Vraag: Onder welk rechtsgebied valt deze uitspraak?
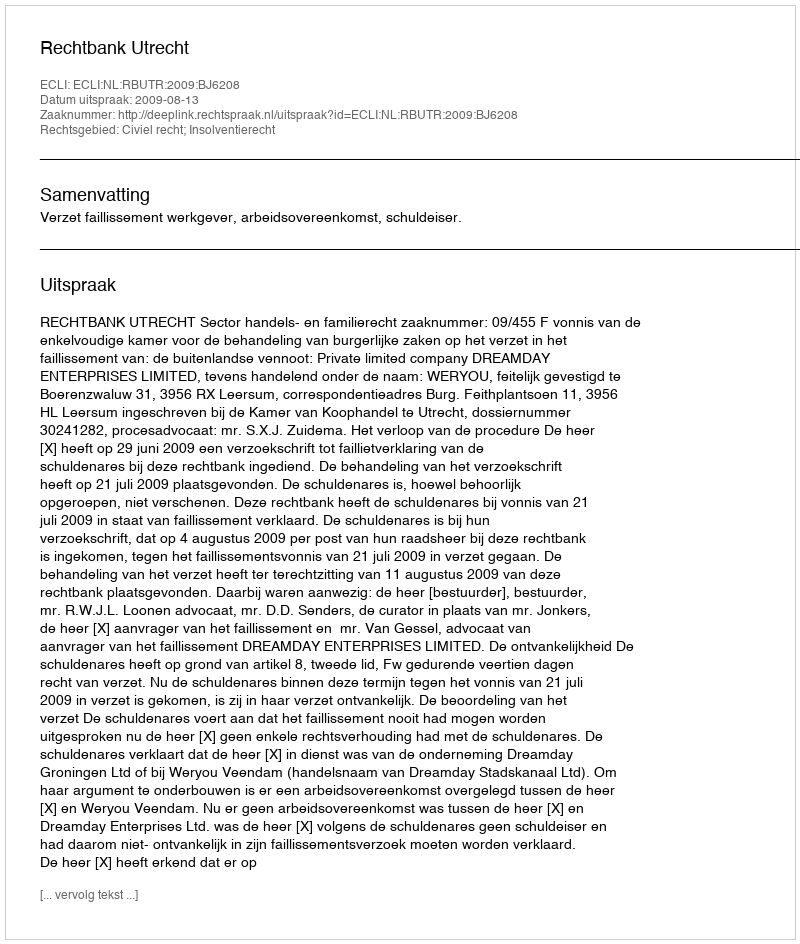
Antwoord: Civiel recht; Insolventierecht